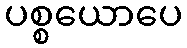
ပစ္စယောပေ